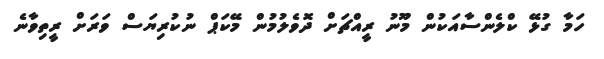
ހަމާ ގުޅޭ ކްލެންސާއަކުން މޫނު ރީއްޗަށް ދޮވެލުމުން މޭކަޕް ނުކުރިޔަސް ވަރަށް ރީތިވާނެ